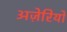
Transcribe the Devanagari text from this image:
अज़ेरियों